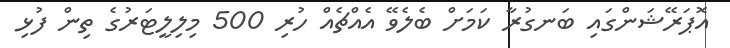
އޮޕަރޭޝަންގައި ބަނގުރާ ކަމަށް ބެލެވޭ އެއްޗެއް ހުރި 500 މިލިލީޓަރުގެ ތިން ފުޅި